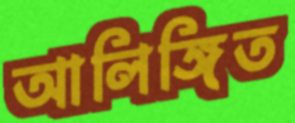
আলিঙ্গিত